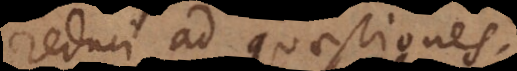
reduci ad quaestiones.